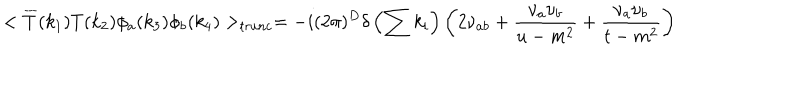
< \overline { { { T } } } ( k _ { 1 } ) T ( k _ { 2 } ) \phi _ { a } ( k _ { 3 } ) \phi _ { b } ( k _ { 4 } ) > _ { t r u n c } = - i ( 2 \pi ) ^ { D } \delta \left( \sum k _ { i } \right) \left( 2 \nu _ { a b } + \frac { \nu _ { a } \nu _ { b } } { u - m ^ { 2 } } + \frac { \nu _ { a } \nu _ { b } } { t - m ^ { 2 } } \right)